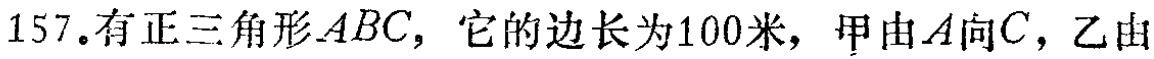
157. 有正三角形\(ABC\)，它的边长为100米，甲由\(A\)向\(C\)，乙由